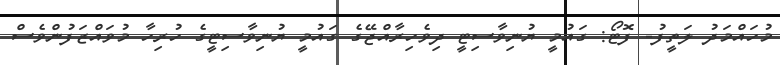
މުހައްމަދު ލަތީފު- ފޮޓޯ: ގައުމީ ޔުނިވާސިޓީ ދިވެހިރާއްޖޭގެ ގައުމީ ޔުނިވާސިޓީގެ ހުރިހާ މުވައްޒަފުންވެސް